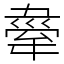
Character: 舝